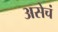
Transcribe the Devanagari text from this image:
असेचं